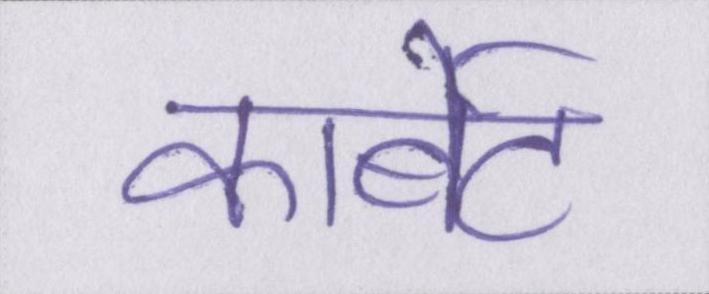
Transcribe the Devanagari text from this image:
कार्बेट